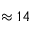
\approx 1 4